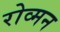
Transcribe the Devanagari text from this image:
रोव्मन